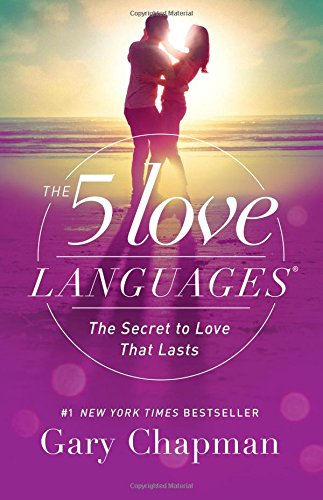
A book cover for The 5 Love Languages: The Secret to Love that Lasts; Gary D Chapman; Parenting & Relationships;